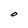
Character: O